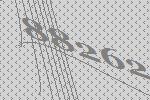
88262